Madras plague regulations and rules - Volume 2
Disease focus: Plague
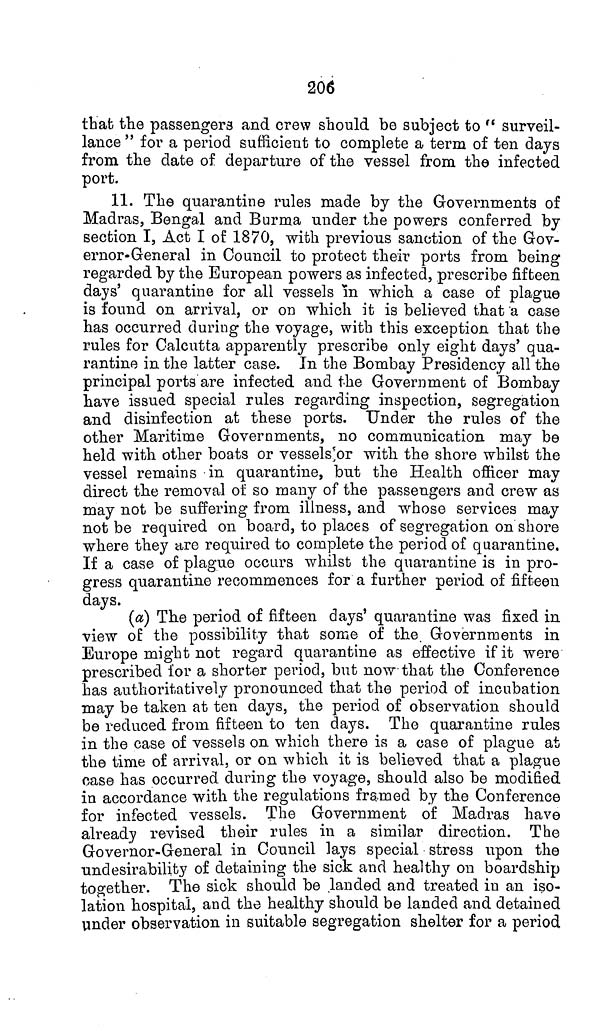
206
that the passengers and crew should be subject to " surveil-
lance " for a period sufficient to complete a term of ten days
from the date of departure of the vessel from the infected
port.
11. The quarantine rules made by the Governments of
Madras, Bengal and Burma under the powers conferred by
section I, Act I of 1870, with previous sanction of the Gov-
ernor-General in Council to protect their ports from being
regarded by the European powers as infected, prescribe fifteen
days' quarantine for all vessels in which a case of plague
is found on arrival, or on which it is believed that a case
has occurred during the voyage, with this exception that the
rules for Calcutta apparently prescribe only eight days' qua-
rantine in the latter case. In the Bombay Presidency all the
principal ports are infected and the Government of Bombay
have issued special rules regarding inspection, segregation
and disinfection at these ports. Under the rules of the
other Maritime Governments, no communication may be
held with other boats or vessels or with the shore whilst the
vessel remains in quarantine, but the Health officer may
direct the removal of so many of the passengers and crew as
may not be suffering from illness, and whose services may
not be required on board, to places of segregation on shore
where they are required to complete the period of quarantine.
If a case of plague occurs whilst the quarantine is in pro-
gress quarantine recommences for a further period of fifteen
days.
(a) The period of fifteen days' quarantine was fixed in
view of the possibility that some of the. Governments in
Europe might not regard quarantine as effective if it were
prescribed for a shorter period, but now that the Conference
has authoritatively pronounced that the period of incubation
may be taken at ten days, the period of observation should
be reduced from fifteen to ten days. The quarantine rules
in the case of vessels on which there is a case of plague at
the time of arrival, or on which it is believed that a plague
case has occurred during the voyage, should also be modified
in accordance with the regulations framed by the Conference
for infected vessels. The Government of Madras have
already revised their rules in a similar direction. The
Governor-General in Council lays special stress upon the
undesirability of detaining the sick and healthy on boardship
together. The sick should be landed and treated in an iso-
lation hospital, and the healthy should be landed and detained
under observation in suitable segregation shelter for a period